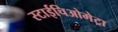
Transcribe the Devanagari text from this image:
स्टाईचिओमेट्रा